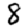
Digit: 8